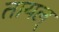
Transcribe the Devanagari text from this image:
तायल्